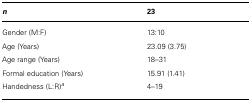
<table><thead><tr><td><b><i>n</i></b></td><td><b>23</b></td></tr></thead><tbody><tr><td>Gender (M:F)</td><td>13:10</td></tr><tr><td>Age (Years)</td><td>23.09 (3.75)</td></tr><tr><td>Age range (Years)</td><td>18–31</td></tr><tr><td>Formal education (Years)</td><td>15.91 (1.41)</td></tr><tr><td>Handedness (L:R)<sup>a</sup></td><td>4–19</td></tr></tbody></table>